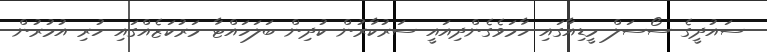
ސައުދީގެ ސޯސަލް މީޑިއާގައި ހާމަވެގެންދިއައީ ސަރުކާރުން ކުދިން ބަލަހައްޓާ މަރުކަޒެއްގައި ހުރި އުމުރުން